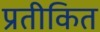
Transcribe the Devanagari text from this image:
प्रतीकित